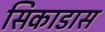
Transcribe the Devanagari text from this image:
सिकाडास